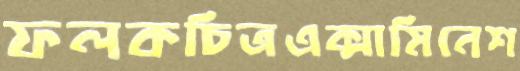
ফলকচিত্রএক্সামিনেশ